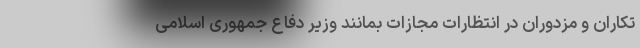
تکاران و مزدوران در انتظارات مجازات بمانند وزیر دفاع جمهوری اسلامی